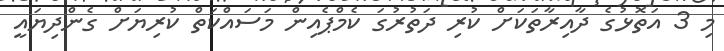
މި 3 އަތޮޅުގެ ދާއިރާތަކަށް ކުރި ދަތުރުގަ ކެމްޕެއިން މަސައްކަތް ކުރިޔަށް ގެންދިޔައީ